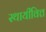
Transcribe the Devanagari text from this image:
स्थायीवित्त